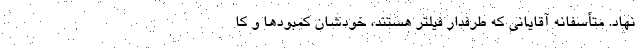
نهاد. متأسفانه آقایانی که طرفدار فیلتر هستند، خودشان کمبودها و کا